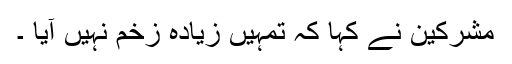
مشرکین نے کہا کہ تمہیں زیادہ زخم نہیں آیا ۔